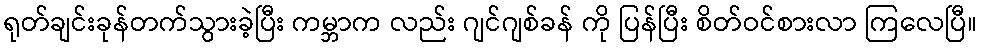
ရုတ်ချင်းခုန်တက်သွားခဲ့ပြီး ကမ္ဘာက လည်း ဂျင်ဂျစ်ခန် ကို ပြန်ပြီး စိတ်ဝင်စားလာ ကြလေပြီ။